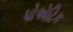
પોએટિક